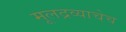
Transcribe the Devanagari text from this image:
मूलद्रव्याचेच